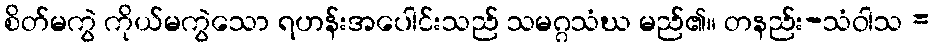
စိတ်မကွဲ ကိုယ်မကွဲသော ရဟန်းအပေါင်းသည် သမဂ္ဂသံဃ မည်၏။ တနည်း-သံဝါသ =